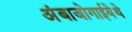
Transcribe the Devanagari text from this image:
अंबाजोगाईयेथे